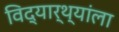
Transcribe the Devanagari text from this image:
विद्यार्थ्यांला